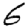
Digit: 6